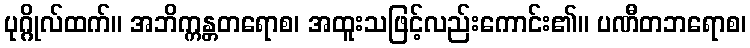
ပုဂ္ဂိုလ်ထက်။ အဘိက္ကန္တတရောစ၊ အထူးသဖြင့်လည်းကောင်း၏။ ပဏီတဘရောစ၊